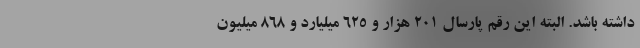
داشته باشد. البته این رقم پارسال ۲۰۱ هزار و ۶۲۵ میلیارد و ۸۶۸ میلیون